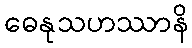
ဓေနုသဟဿာနိ